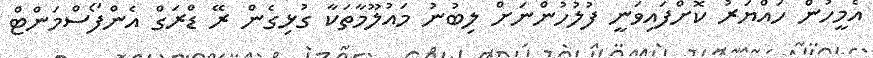
އެމީހުން ހައްޔަރު ކޮށްފައިވަނީ ފުލުހުންނަށް ލިބުނު މައުލޫމާތަކާ ގުޅިގެން ރޭ ޑްރަގް އެންފޯސްމަންޓް